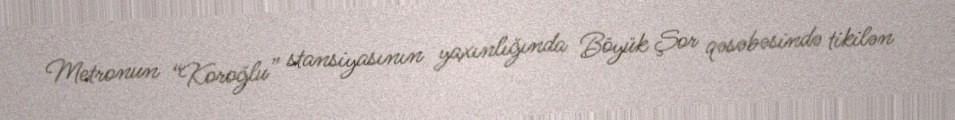
Metronun “Koroğlu” stansiyasının yaxınlığında Böyük Şor qəsəbəsində tikilən